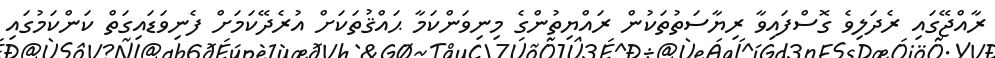
ރާއްޖޭގައި ރެދަލިވެ ގޮސްފައިވާ ރިޔާސަތުތަކުން ރައްޔިތުންގެ މިނިވަންކަމާ ޙައްޤުތަކަށް އުރެދޭކަމަށް ފެނިވަޑައިގަތް ކަންކަމުގައި